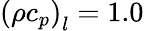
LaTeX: {\left({\rho{c_{p}}}\right)_{l}}=1.0